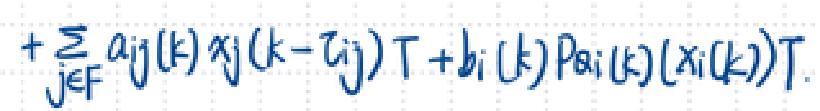
$+\sum_{j\in F}a_{ij}(\boldsymbol{k})\boldsymbol{x}_j(\boldsymbol{k}-\boldsymbol{\gamma}_{ij})\boldsymbol{T}+\boldsymbol{b}_i(\boldsymbol{k})\boldsymbol{P}\boldsymbol{a}_i(\boldsymbol{k})(\boldsymbol{x}_i(\boldsymbol{k}))^{\mathrm{T}}.$